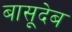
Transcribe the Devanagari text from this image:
बासूदेब